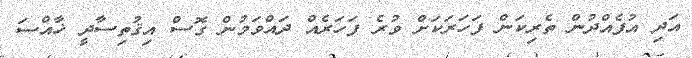
އަދި އުފެއްދުން ތެރިކަން ފަހަރަކަށް ވުރެ ފަހަރެއް ދައްވަމުން ގޮސް އިޤުތިސާދީ ޚާއްސަ